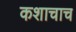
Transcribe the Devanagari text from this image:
कशाचाच